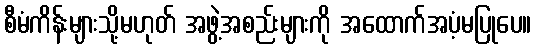
စီမံကိန်းများသို့မဟုတ် အဖွဲ့အစည်းများကို အထောက်အပံ့မပြုပေ။